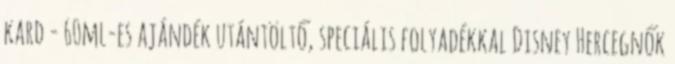
kard - 60ml-es ajándék utántöltő, speciális folyadékkal Disney Hercegnők